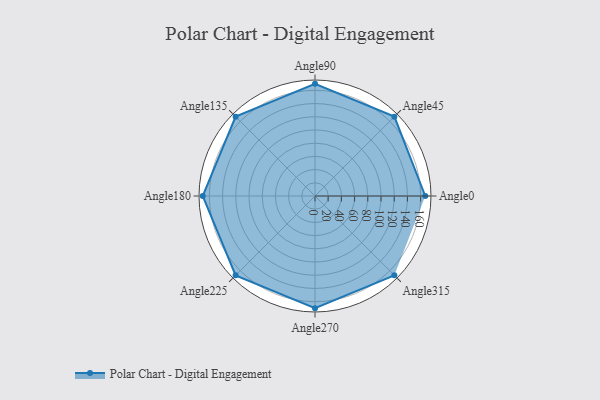
{"axis": {"x": "Angle", "y": "Radius"}, "legend": [""], "data": [{"x": "Angle0", "y": 167.0, "type": ""}, {"x": "Angle45", "y": 170, "type": ""}, {"x": "Angle90", "y": 170, "type": ""}, {"x": "Angle135", "y": 170, "type": ""}, {"x": "Angle180", "y": 170, "type": ""}, {"x": "Angle225", "y": 170, "type": ""}, {"x": "Angle270", "y": 170, "type": ""}, {"x": "Angle315", "y": 170, "type": ""}]}